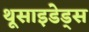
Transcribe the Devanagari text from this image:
थूसाइडेड्स